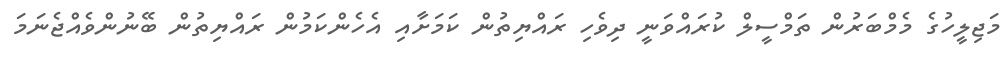
މަޖިލީހުގެ މެމްބަރުން ތަމްސީލް ކުރައްވަނީ ދިވެހި ރައްޔިތުން ކަމަށާއި އެހެންކަމުން ރައްޔިތުން ބޭނުންވެއްޖެނަމަ